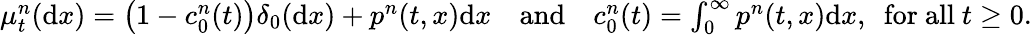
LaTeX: \begin{array}{rlr}{\mu_{t}^{n}(\mathrm{d}x)=\big(1-c_{0}^{n}(t)\big)\delta_{0}(\mathrm{d}x)+p^{n}(t,x)\mathrm{d}x}&{\mathrm{and}}&{c_{0}^{n}(t)=\int_{0}^{\infty}p^{n}(t,x)\mathrm{d}x,~~\mathrm{for~all~}t\ge 0.}\end{array}